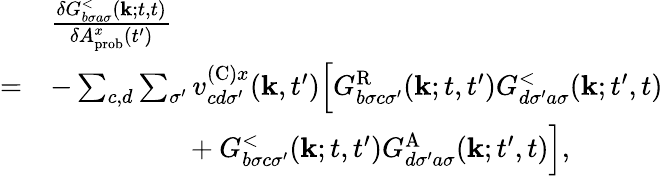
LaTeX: \begin{array}{rl}&{\frac{\delta G_{b\sigma a\sigma}^{<}(\mathbf{k};t,t)}{\delta A_{\textrm{prob}}^{x}(t^{\prime})}}\\ {=}&{-\sum_{c,d}\sum_{\sigma^{\prime}}v_{cd\sigma^{\prime}}^{(\textrm{C})x}(\mathbf{k},t^{\prime})\Bigl[G_{b\sigma c\sigma^{\prime}}^{\textrm{R}}(\mathbf{k};t,t^{\prime})G_{d\sigma^{\prime}a\sigma}^{<}(\mathbf{k};t^{\prime},t)}\\ &{\ \ \ \ \ \ \ \ \ \ \ \ \ \ \ \ \ \ \ +G_{b\sigma c\sigma^{\prime}}^{<}(\mathbf{k};t,t^{\prime})G_{d\sigma^{\prime}a\sigma}^{\textrm{A}}(\mathbf{k};t^{\prime},t)\Bigr],}\end{array}